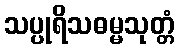
သပ္ပုရိသဓမ္မသုတ္တံ